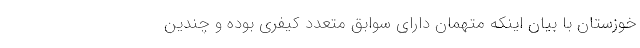
خوزستان با بیان اینکه متهمان دارای سوابق متعدد کیفری بوده و چندین